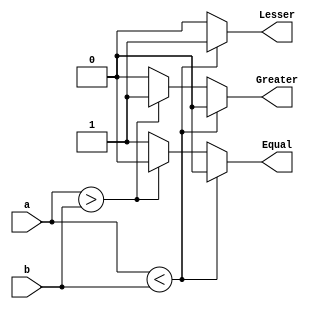
`timescale 1ns / 1ps
//////////////////////////////////////////////////////////////////////////////////
// Company: 
// Engineer: 
// 
// Design Name: 
// Module Name: N_bit_comp
// Project Name: 
// Target Devices: 
// Tool Versions: 
// Description: 
// 
// Dependencies: 
// 
// Revision:
// Revision 0.01 - File Created
// Additional Comments:
// 
//////////////////////////////////////////////////////////////////////////////////

module N_bit_comparator(a,b,Lesser,Greater,Equal);
    parameter N=8;
    input [N-1:0]a,b;
    output Lesser,Greater,Equal;
    reg Lesser=0,Greater=0,Equal=0;
    always@(*) begin
        if(a<b)
            begin
                Lesser=1'b1;
                Equal=1'b0;
                Greater=1'b0;
            end
        else if (a>b)
            begin
                Lesser=1'b0;
                Equal=1'b0;    
                Greater=1'b1;
            end
        else
            begin
                Lesser=1'b0;
                Equal=1'b1;
                Greater=1'b0;
            end
    end
endmodule